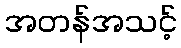
အတန်အသင့်